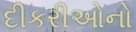
દીકરીઓનો